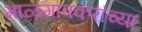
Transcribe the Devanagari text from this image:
माळगावकरांच्या